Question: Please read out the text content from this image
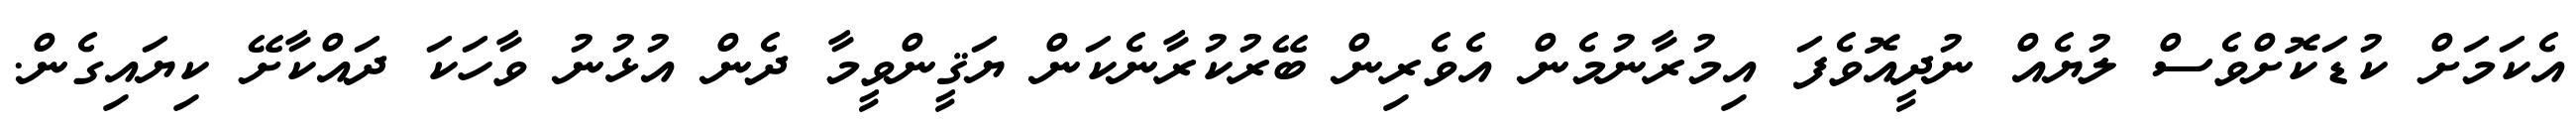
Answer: އެކަމަށް ކުޑަކޮށްވެސް ލުޔެއް ނުދީއޮވެފަ އިމުރާނުމެން އެވެރިން ބޭރުކުރާނެކަން ޔަޤީންވީމާ ދެން އުޅުނު ވާހަކަ ދައްކާށޭ ކިޔައިގެން.